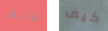
طارق كيف